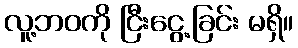
လူ့ဘဝကို ငြီးငွေ့ခြင်း မရှိ။